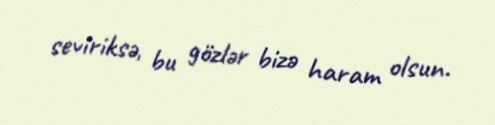
seviriksə, bu gözlər bizə haram olsun.